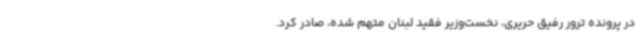
در پرونده ترور رفیق حریری، نخست‌وزیر فقید لبنان متهم شده، صادر کرد.